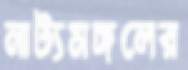
নাট্যমঙ্গলের